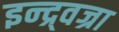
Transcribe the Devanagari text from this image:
इन्द्र्वज्रा